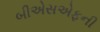
બીએસએફની